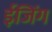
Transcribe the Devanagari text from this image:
ईजिंग